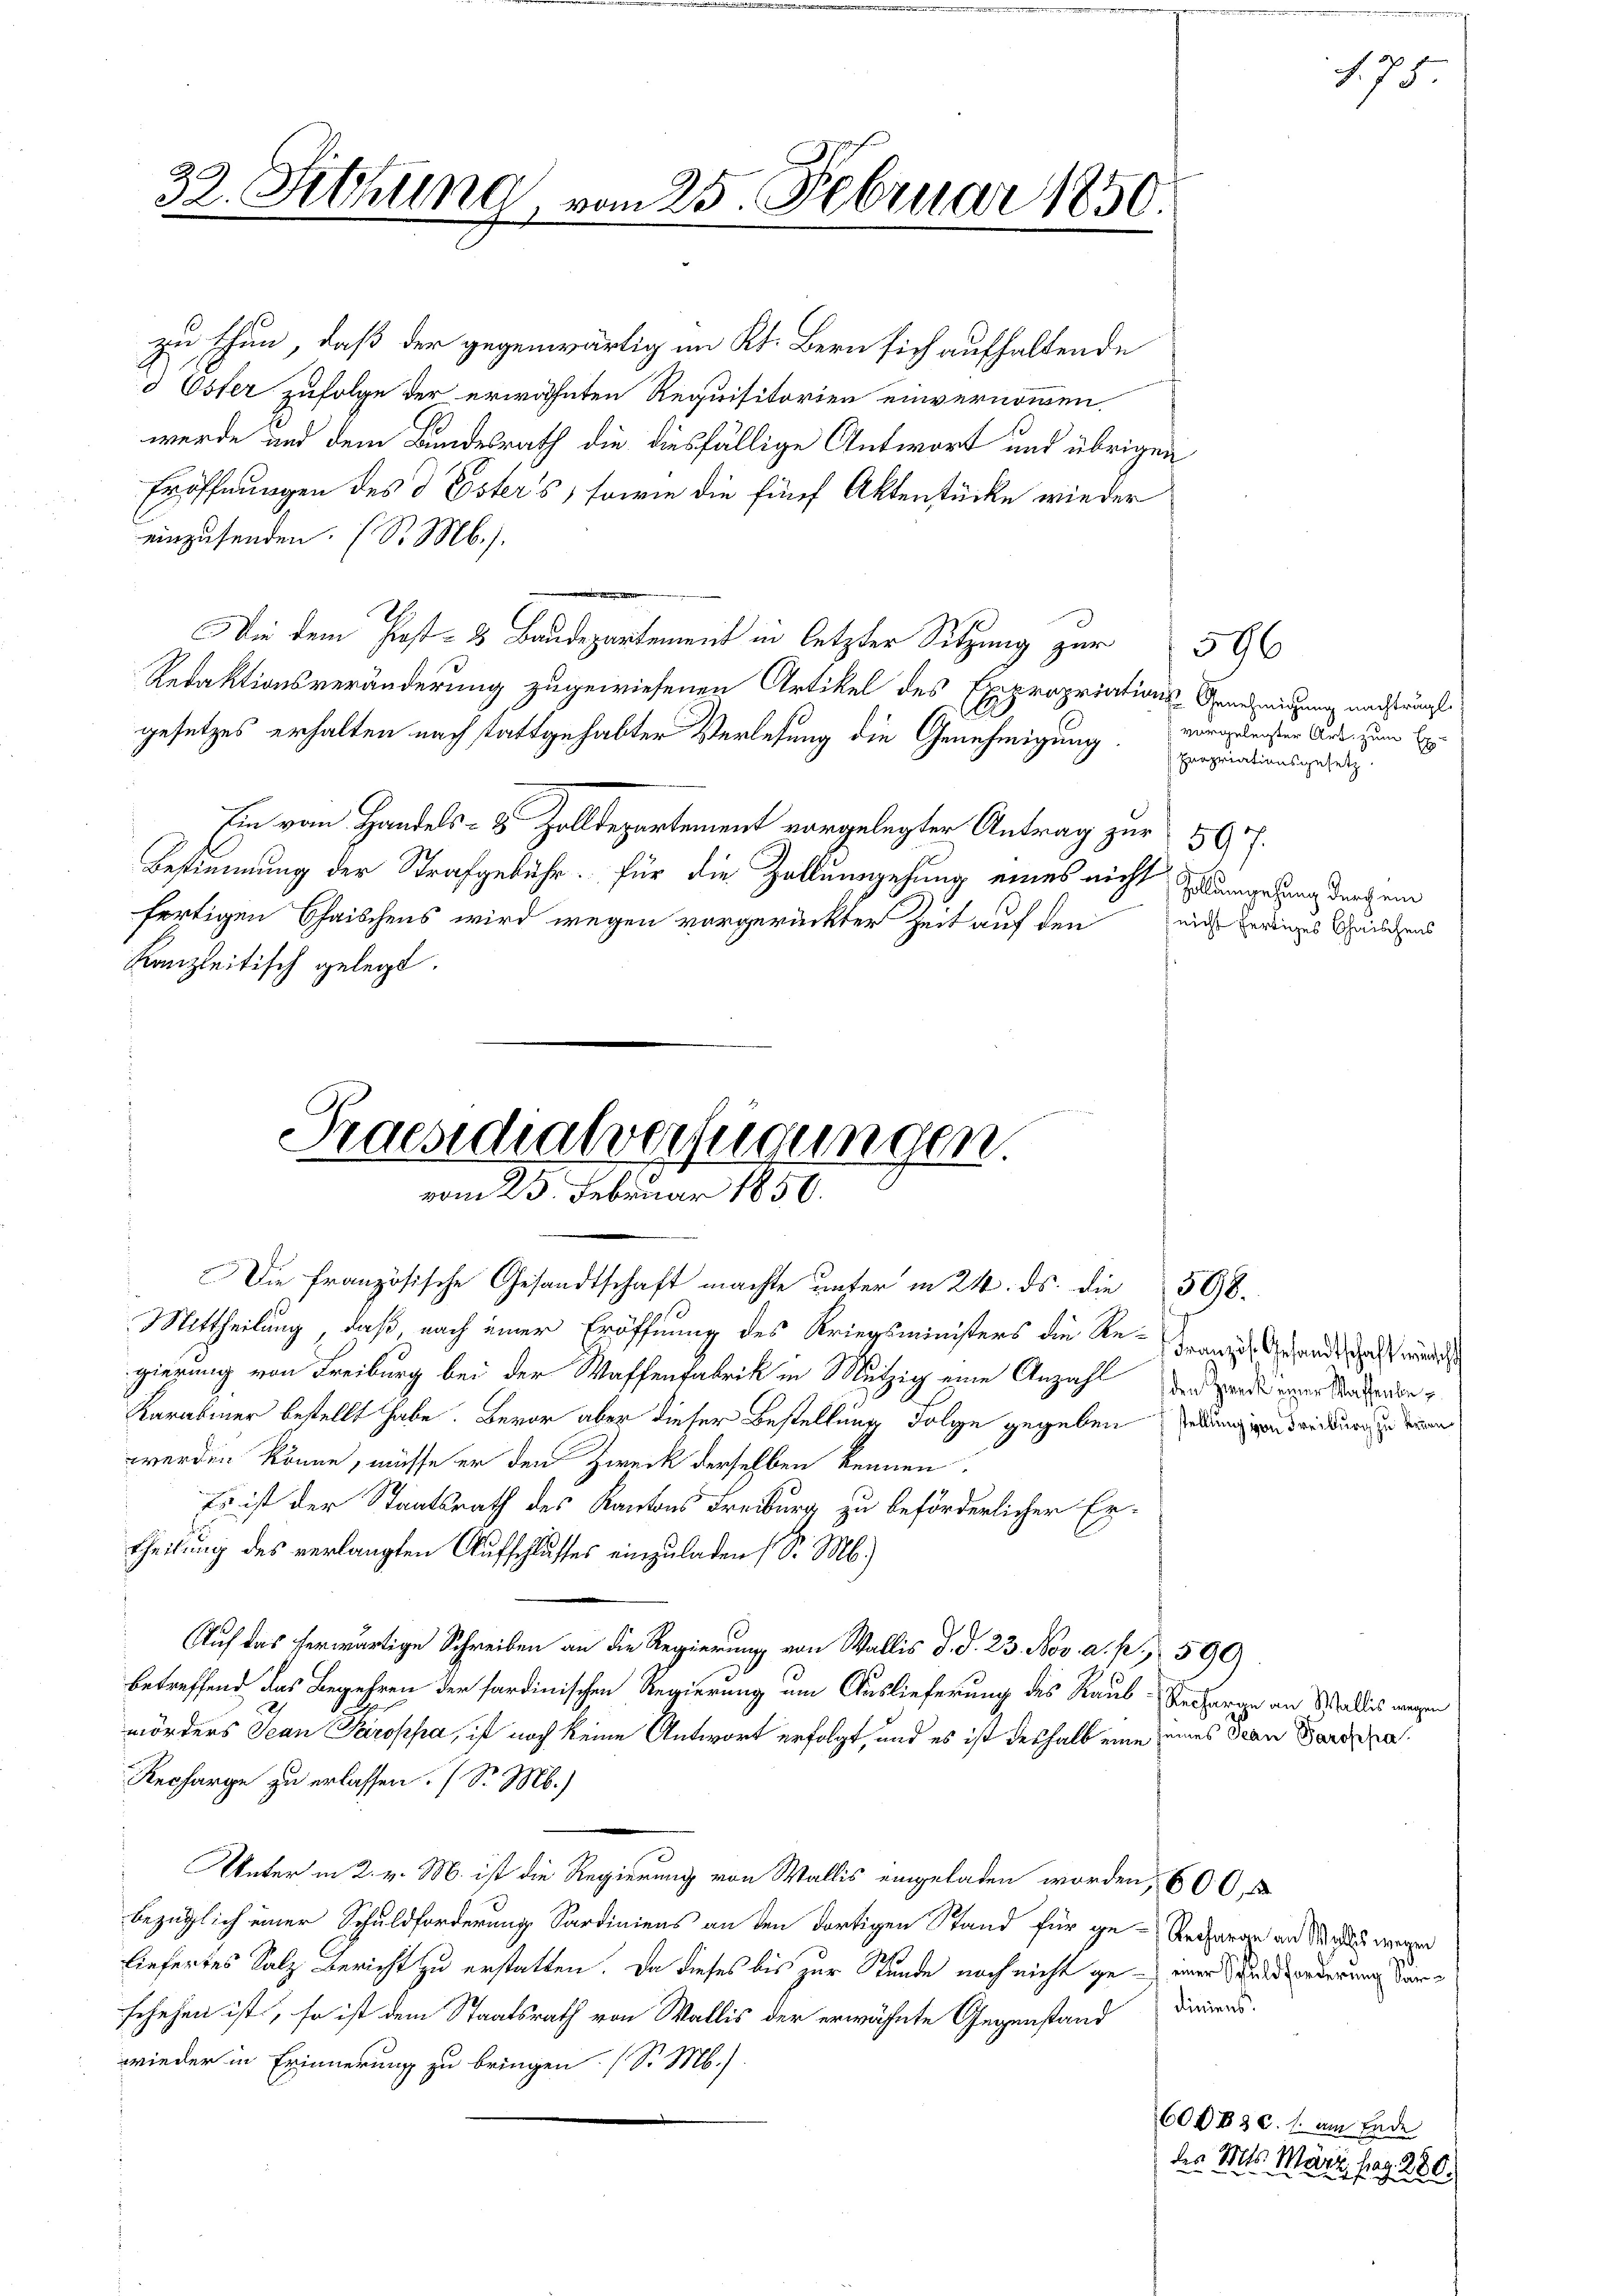
.
32. Setzung, vom 25. Februar 1850.

zu thun, daß der gegenwärtig im Kt. Bern sich aufhaltende
d Oster zufolge der erwähnten Requisitorien einvernommen.
werde und dem Bundesrath die diesfällige Antwort und übrigen
Eröffnungen des d Esters, sowie die fünf Aktenstücke wieder
einzusenden. (S. Mb.).
Die dem Fest- & Baudepartement in letzter Sitzung zur
Redaktionsveränderung zugewiesenen Artikel des Expropriations-Genehmigung nachträgt
gesetzes erhalten nach stattgehabter Verlesung die Genehmigung vorgeleisten aus, zum Ex¬
Ein vom Handels- & Zolldepartement vorgelegter Antrag zur 50 f.
Bestimmung der Strafgebühr. für die Zollumgehung eines nicht angelung durch ein
fertigen Chaischens wird wegen vorgerückter Zeit auf den mich fertiges Griechens
Kanzleitisch gelegt.

Praesidialverfügungen.
vom 25. Februar 1850.

Die französische Gesandtschaft machte unter in 24. ds. die 598.
Mittheilung, daß, nach einer Eröffnung des Kriegsministers die Retrages Gesandtschaft würdig
gierung von Freiburg bei der Waffenfabrik in Mutzig eine Anzahl und werde einer Stadenen
Karabier bestellt habe. Bevor aber dieser Bestellung Folge gegeben Gedaniendreckung zu den
werden könne, müsse er den Zweck derselben kennen.
Es ist der Staatsrath des Kantons Freiburg zu beförderlicher Ertheilung des verlangten Aufschlusses einzuladen (S. M.)
Auf das herwärtige Schreiben an die Regierung von Wallis d. d. 23. Nov. a. p. 599.
betreffend das Begehren der sardinischen Regierung um Auslieferung des Raub- Recharge an Wallis wegen
mörders Jean Paroppa, ist noch keine Antwort erfolgt, und es ist deshalb eine seines Jean Partha¬
Recharge zu erlassen. (S. M.)
Unter in 2. v. M. ist die Regierung von Wallis eingeladen worden, 600
bezüglich einer Schuldforderung Sardiniens an den dortigen Stand für ge-Reparan an Saches wegen
liefertes Salz Bericht zu erstatten. Da dieses bis zur Stunde noch nicht ge- einer Wildforderung könsehehen ist, so ist dem Staatsrath von Wallis der erwähnte Gegenstand dirend
wieder in Erinnerung zu bringen (S. M.).
60083 c. s. am Ende

596
propriationsgesetz

175

des Mts. März, pag. 280.